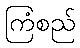
ကြံစည်